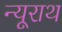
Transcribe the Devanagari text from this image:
न्यूराथ